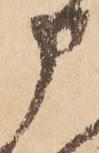
申